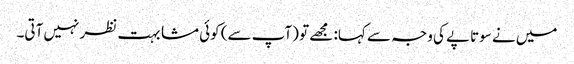
میں نے سوتاپے کی وجہ سے کہا: مجھے تو (آپ سے) کوئی مشابہت نظر نہیں آتی۔